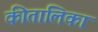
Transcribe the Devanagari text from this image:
कीतालिका